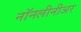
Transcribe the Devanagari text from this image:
नॉनलीनीअर